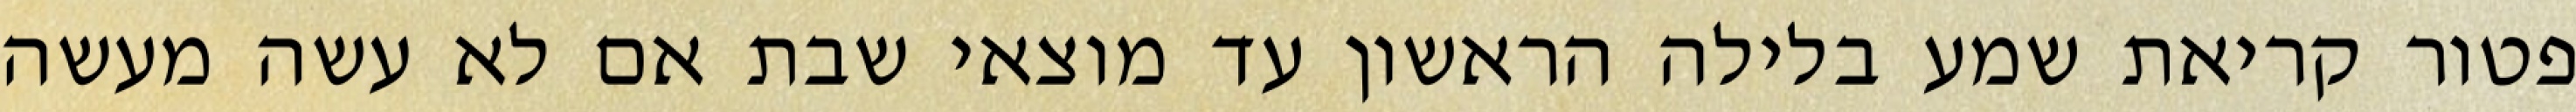
פטור קריאת שמע בלילה הראשון עד מוצאי שבת אם לא עשה מעשה